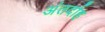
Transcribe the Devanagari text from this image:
अंतर्दाह